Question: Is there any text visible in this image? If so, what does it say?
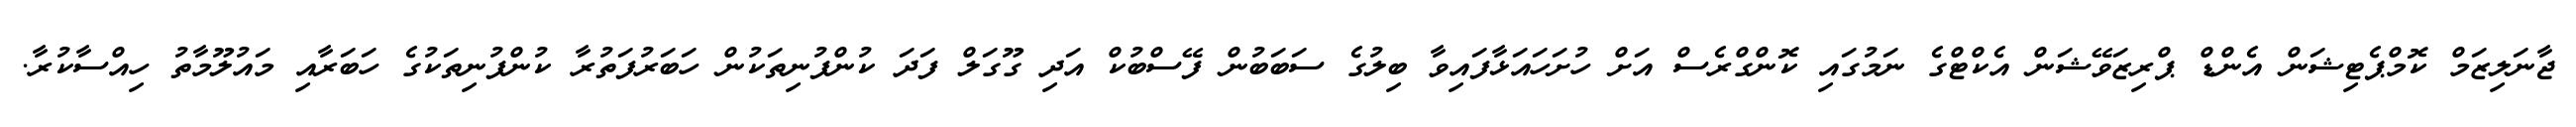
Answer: ޖާނަލިޒަމް ކޮމްޕެޓިޝަން އެންޑް ޕްރިޒަވޭޝަން އެކްޓްގެ ނަމުގައި ކޮންގްރެސް އަށް ހުށަހައަޅާފައިވާ ބިލުގެ ސަބަބުން ފޭސްބުކް އަދި ގޫގަލް ފަދަ ކުންފުނިތަކުން ހަބަރުފަތުރާ ކުންފުނިތަކުގެ ހަބަރާއި މައުލޫމާތު ހިއްސާކުރާ.